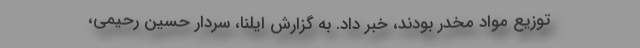
توزیع مواد مخدر بودند، خبر داد. به گزارش ایلنا، سردار حسین رحیمی،